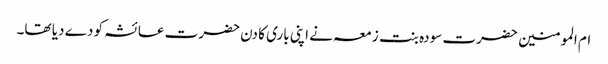
ام المومنین حضرت سودہ بنت زمعہ نے اپنی باری کا دن حضرت عائشہ کو دے دیا تھا۔